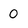
Character: 0